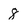
Character: 8